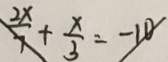
\frac { 2 x } { 7 } + \frac { x } { 3 } = - 1 0 1